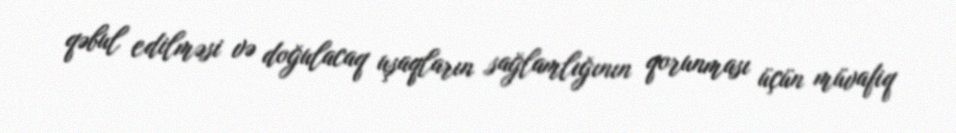
qəbul edilməsi və doğulacaq uşaqların sağlamlığının qorunması üçün müvafiq